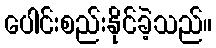
ပေါင်းစည်းနိုင်ခဲ့သည်။